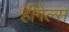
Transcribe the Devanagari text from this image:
हीगेल्स